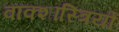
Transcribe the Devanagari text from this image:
वाक्शास्त्रियों